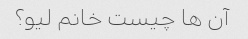
آن ها چیست خانم لیو؟